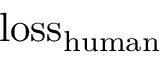
{ \mathrm { l o s s } } _ { \mathrm { h u m a n } }